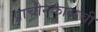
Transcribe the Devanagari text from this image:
प्राचीनकाळची